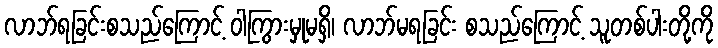
လာဘ်ရခြင်းစသည်ကြောင့် ဝါကြွားမှုမရှိ၊ လာဘ်မရခြင်း စသည်ကြောင့် သူတစ်ပါးတို့ကို